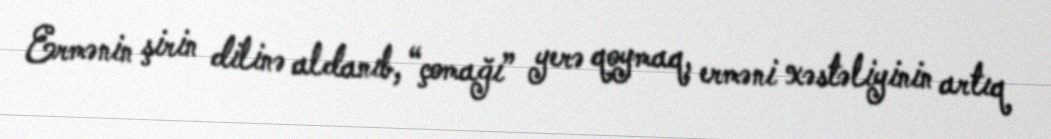
Ermənin şirin dilinə aldanıb, “çomağı” yerə qoymaq, erməni xəstəliyinin artıq